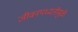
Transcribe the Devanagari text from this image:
जीवनपध्दतीमुळे